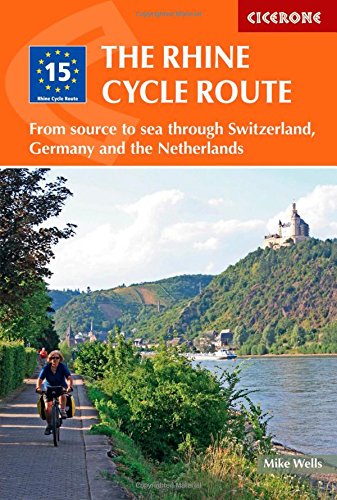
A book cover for The Rhine Cycle Route; Mike Wells; Travel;